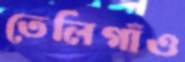
তেলিগাঁও